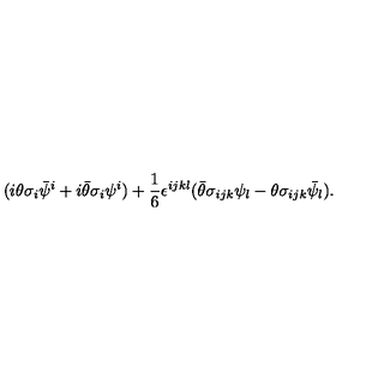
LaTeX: ( i \theta \sigma _ { i } \bar { \psi } ^ { i } + i \bar { \theta } \sigma _ { i } \psi ^ { i } ) + \frac { 1 } { 6 } \epsilon ^ { i j k l } ( \bar { \theta } \sigma _ { i j k } \psi _ { l } - \theta \sigma _ { i j k } \bar { \psi } _ { l } ) .